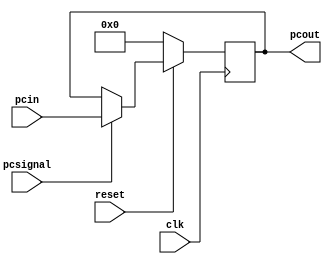
 

  module pc (input [15:0]pcin,
             input reset, clk,pcsignal, 
             output reg [15:0]pcout );

  initial 
  begin
     pcout <= 16'h0000;
  end

  always@(posedge clk)
  begin
     if (!reset)
      begin
         pcout <= 16'h0000;
      end
     else if (pcsignal== 1'b1)
           begin
             pcout <=pcin;
           end
     else 
       begin
         pcout <= pcout;
       end
  end
endmodule